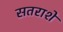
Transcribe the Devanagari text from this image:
सतराशे